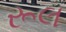
રૂલ